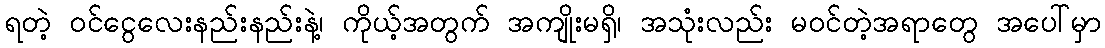
ရတဲ့ ဝင်ငွေလေးနည်းနည်းနဲ့၊ ကိုယ့်အတွက် အကျိုးမရှိ၊ အသုံးလည်း မဝင်တဲ့အရာတွေ အပေါ်မှာ